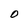
Character: 0